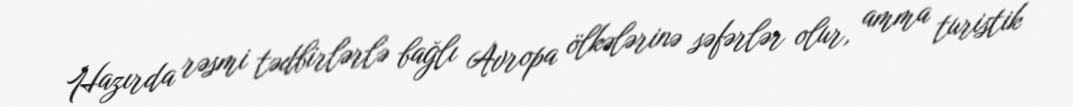
Hazırda rəsmi tədbirlərlə bağlı Avropa ölkələrinə səfərlər olur, amma turistik